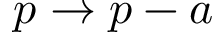
p \to p - a